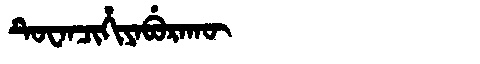
Manchu: ᡨᡠᠸᠠᠨᠴᡳᡥᡳᠶᠠᠪᡠᡵᠠᡴᡡ
Romanization: TUWANCIHIYABURAKŪ